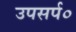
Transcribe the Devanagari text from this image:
उपसर्प०